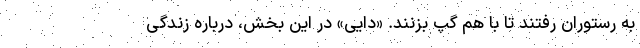
به رستوران رفتند تا با هم گپ بزنند. «دایی» در این بخش، درباره زندگی